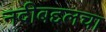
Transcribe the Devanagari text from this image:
नदीबद्दलचा